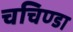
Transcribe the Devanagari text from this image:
चचिण्डा